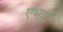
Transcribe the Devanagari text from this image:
एभाई